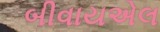
બીવાયએલ